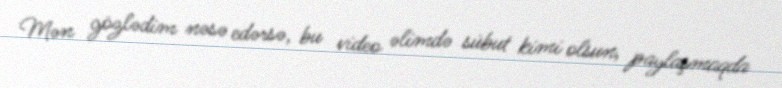
Mən gözlədim nəsə edərsə, bu video əlimdə sübut kimi olsun, paylaşmaqda